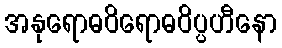
အနုရောဓဝိရောဓဝိပ္ပဟီနော